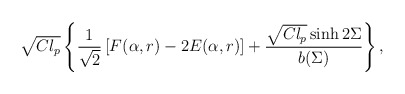
\begin{align*}\sqrt{Cl_p}\left\{\frac{1}{\sqrt{2}}\left[F(\alpha,r)-2E(\alpha,r)\right]+\frac{\sqrt{Cl_p}\sinh 2\Sigma}{b(\Sigma)}\right\},\end{align*}